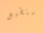
أستطيع